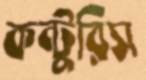
কন্টুরিস